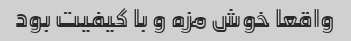
واقعا خوش مزه و با کیفیت بود